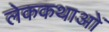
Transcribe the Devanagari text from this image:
लेककथाओं